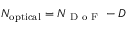
N _ { \mathrm { o p t i c a l } } = N _ { \mathrm { ~ D ~ o ~ F ~ } } - D